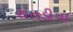
રાતડીયા